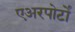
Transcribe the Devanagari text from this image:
एअरपोर्टों